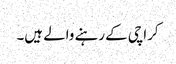
کراچی کے رہنے والے ہیں۔